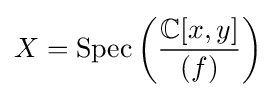
X=\operatorname {Spec} \left({\frac {\mathbb {C} [x,y]}{(f)}}\right)